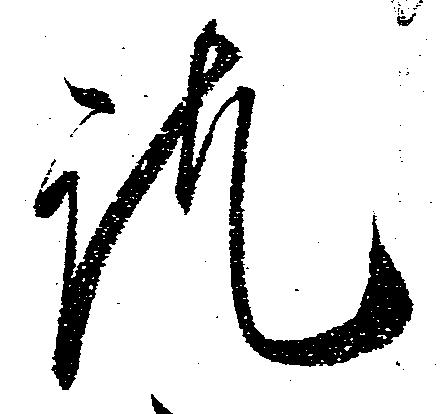
訖